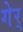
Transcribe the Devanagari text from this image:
गेर्